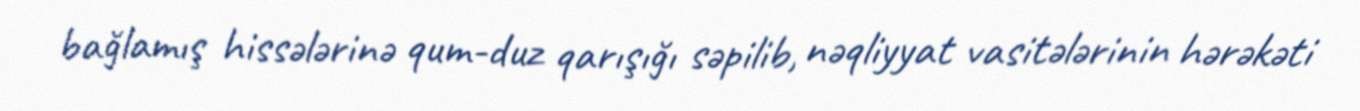
bağlamış hissələrinə qum-duz qarışığı səpilib, nəqliyyat vasitələrinin hərəkəti